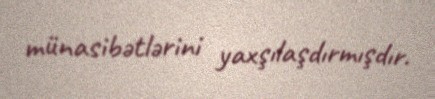
münasibətlərini yaxşılaşdırmışdır.